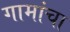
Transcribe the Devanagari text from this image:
गामांचा